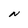
Character: N